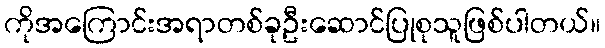
ကိုအကြောင်းအရာတစ်ခုဦးဆောင်ပြုစုသူဖြစ်ပါတယ်။